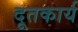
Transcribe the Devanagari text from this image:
दूतकार्य